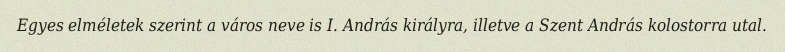
Egyes elméletek szerint a város neve is I. András királyra, illetve a Szent András kolostorra utal.